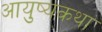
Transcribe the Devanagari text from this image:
आयुष्यकथा